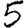
Digit: 5